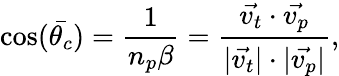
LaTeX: \cos(\bar{\theta_{c}})=\frac{1}{n_{p}\beta}=\frac{{\vec{v_{t}}}\cdot{\vec{v_{p}}}}{|\vec{v_{t}}|\cdot|\vec{v_{p}}|},